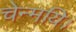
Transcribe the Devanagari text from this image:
चेन्मयि।